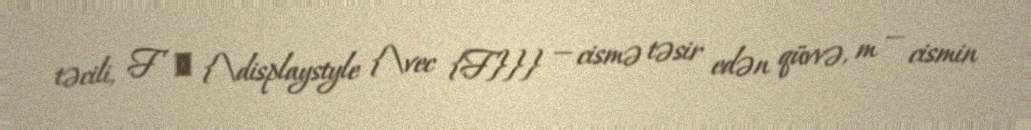
təcili, F → {\displaystyle {\vec {F}}} — cismə təsir edən qüvvə, m — cismin